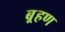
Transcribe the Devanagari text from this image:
ब़्रहण